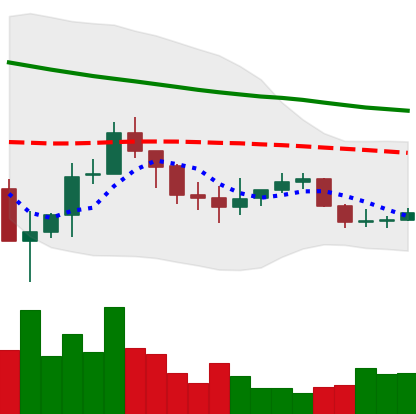
Ticker: ADA-USD
Chart end date: 2019-12-13
Forward return: -7.13%
Label: down_7plus